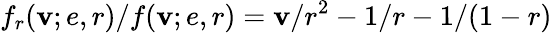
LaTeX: f_{r}(\mathbf{v};e,r)/f(\mathbf{v};e,r)=\mathbf{v}/r^{2}-1/r-1/(1-r)